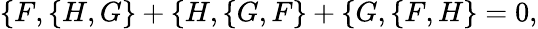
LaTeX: \{ F,\{ H,G\} +\{ H,\{ G,F\} +\{ G,\{ F,H\} =0,